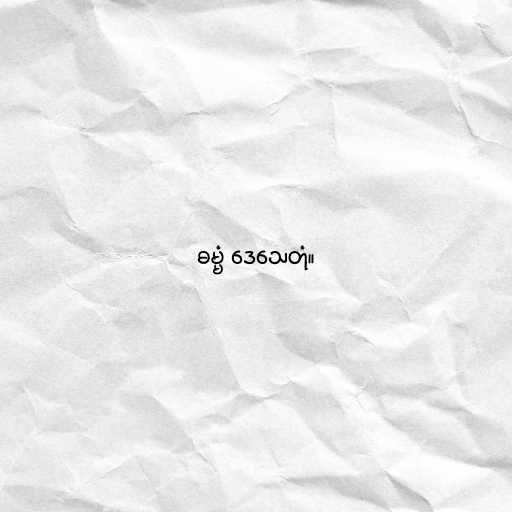
ဓမ္မံ ဒေသေတုံ။